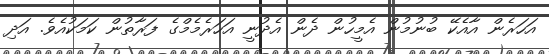
އަހަރެން އާއެކޭ ބުނުމުން އެމީހުން ދެން އެދުނީ އަހަރެމެމްގެ ފަރާތުން ކަމަކުއެވެ. އަދި